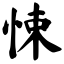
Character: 悚